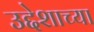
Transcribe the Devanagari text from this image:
उद्देशाच्या